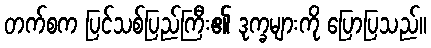
တက်စက ပြင်သစ်ပြည်ကြီး၏ ဒုက္ခများကို ပြောပြသည်။